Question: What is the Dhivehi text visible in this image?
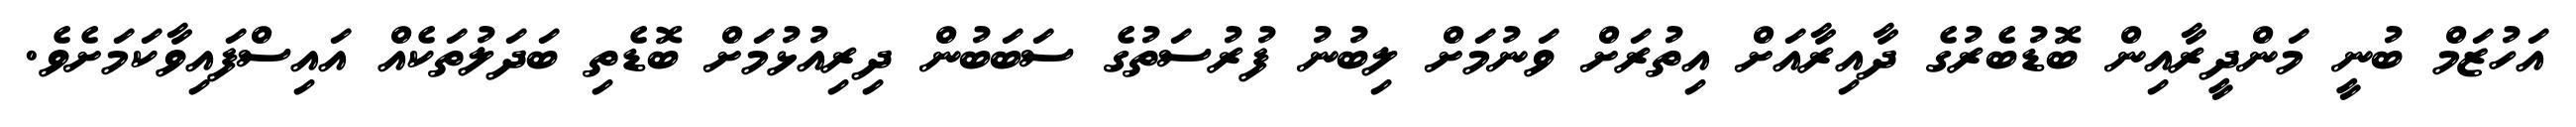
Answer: އަހުޒަމް ބުނީ މަންދީރާއިން ބޮޑުބެރުގެ ދާއިރާއަށް އިތުރަށް ވަނުމަށް ލިބުނު ފުރުސަތުގެ ސަބަބުން ދިރިއުޅުމަށް ބޮޑެތި ބަދަލުތަކެއް އައިސްފައިވާކަމަށެވެ.